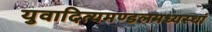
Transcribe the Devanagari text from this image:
युवादित्यमण्डलमध्यस्थां